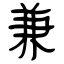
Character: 兼